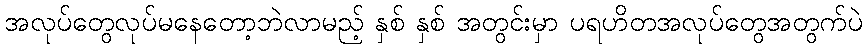
အလုပ်တွေလုပ်မနေတော့ဘဲလာမည့် နှစ် နှစ် အတွင်းမှာ ပရဟိတအလုပ်တွေအတွက်ပဲ